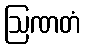
ဩဏတံ